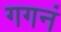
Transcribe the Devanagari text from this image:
गगनं